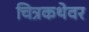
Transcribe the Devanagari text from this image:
चित्रकथेवर